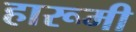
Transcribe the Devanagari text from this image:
हारूमी